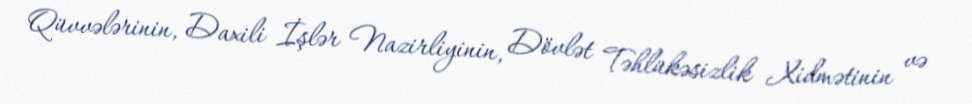
Qüvvələrinin, Daxili İşlər Nazirliyinin, Dövlət Təhlükəsizlik Xidmətinin və